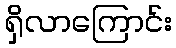
ရှိလာကြောင်း